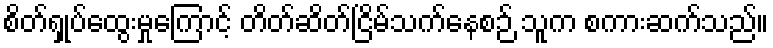
စိတ်ရှုပ်ထွေးမှုကြောင့် တိတ်ဆိတ်ငြိမ်သက်နေစဉ် သူက စကားဆက်သည်။